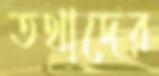
তথাদের